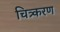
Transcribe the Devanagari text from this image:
चित्र्करण